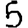
Digit: 5